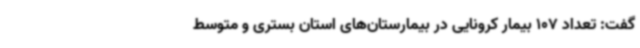
گفت‌: تعداد 107 بیمار کرونایی در بیمارستان‌های استان بستری و متوسط